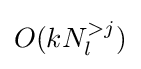
O(kN_{l}^{>j})